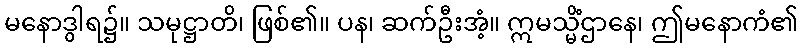
မနောဒွါရ၌။ သမုဋ္ဌာတိ၊ ဖြစ်၏။ ပန၊ ဆက်ဦးအံ့။ ဣမသ္မိံဌာနေ၊ ဤမနောကံ၏